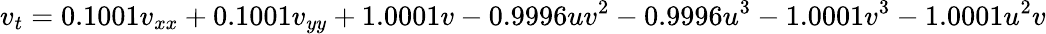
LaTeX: v_{t}=0.1001v_{xx}+0.1001v_{yy}+1.0001v-0.9996uv^{2}-{0.9996u}^{3}-1.0001v^{3}-1.0001u^{2}v